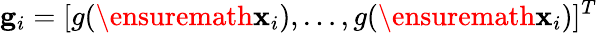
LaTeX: \mathbf{g}_{i}=[g(\ensuremath{\mathbf{x}}_{i}),\dots,g(\ensuremath{\mathbf{x}}_{i})]^{T}